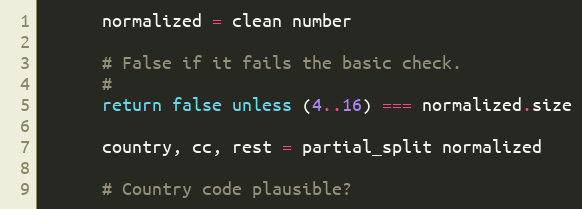
Language: Ruby
      normalized = clean number

      # False if it fails the basic check.
      #
      return false unless (4..16) === normalized.size

      country, cc, rest = partial_split normalized

      # Country code plausible?